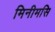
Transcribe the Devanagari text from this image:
मिनीमसि